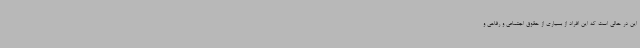
این در حالی است که این افراد از بسیاری از حقوق اجتماعی و رفاهی و